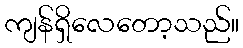
ကျန်ရှိလေတော့သည်။